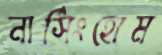
নার্সিংহোম